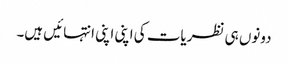
دونوں ہی نظریات کی اپنی اپنی انتہائیں ہیں۔